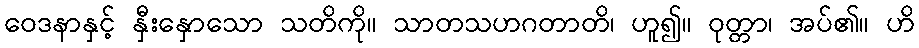
ဝေဒနာနှင့် နှီးနှောသော သတိကို။ သာတသဟဂတာတိ၊ ဟူ၍။ ဝုတ္တာ၊ အပ်၏။ ဟိ